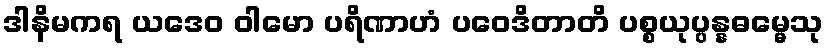
ဒါနိမကရ ယဒေဝ ဝါမော ပရိဏာဟံ ပဝေဒိတာတိ ပစ္စယုပ္ပန္နဓမ္မေသု